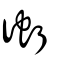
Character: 𧊔